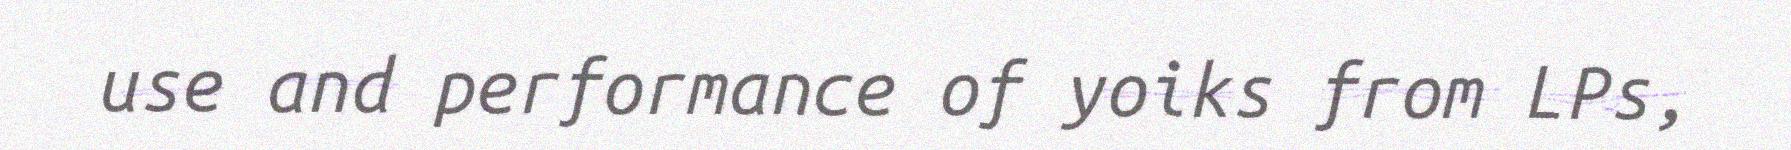
use and performance of yoiks from LPs,